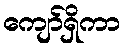
ကျော်ရှိကာ